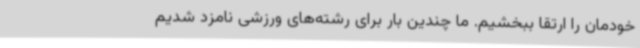
خودمان را ارتقا ببخشیم. ما چندین بار برای رشته‌های ورزشی نامزد شدیم